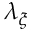
\lambda _ { \xi }